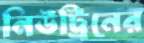
নিউট্রিনের